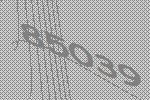
85039